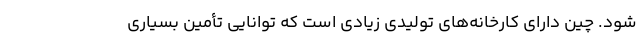
شود. چین دارای کارخانه‌های تولیدی زیادی است که توانایی تأمین‌ بسیاری